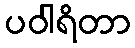
ပဝါရိတာ